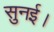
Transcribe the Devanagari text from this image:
सुनई।